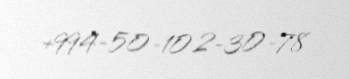
+994-50-102-30-78